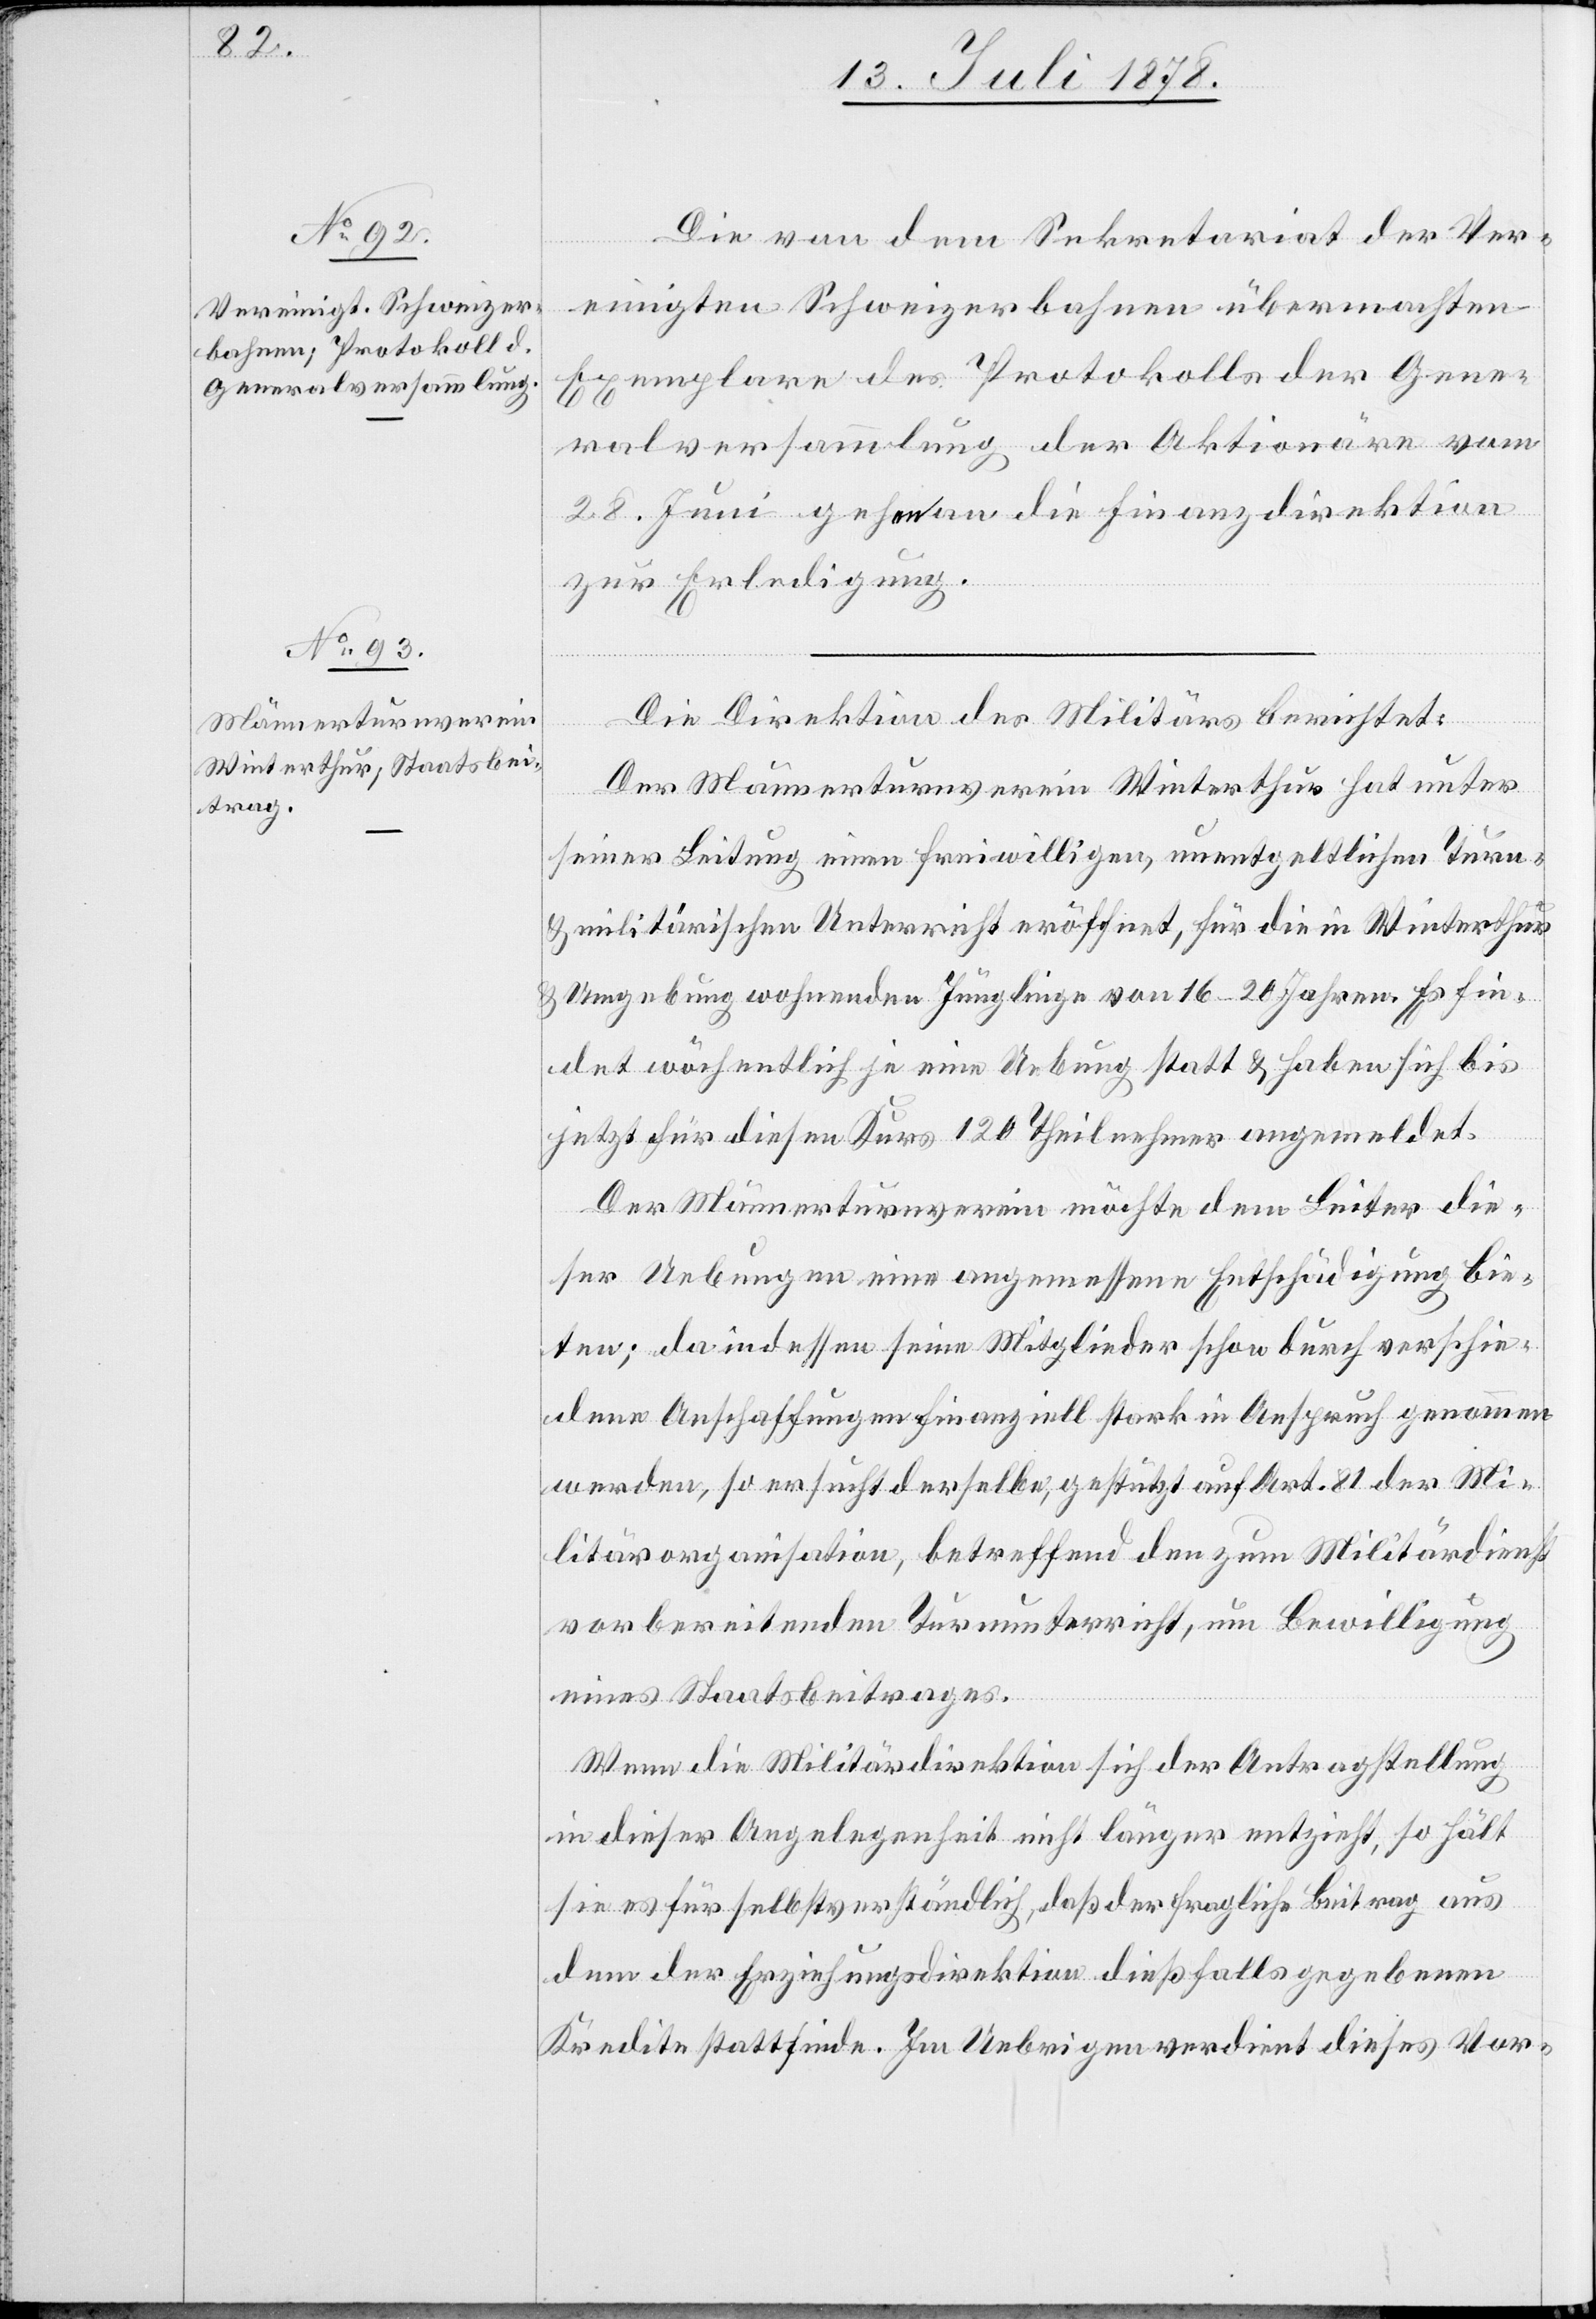
Die von dem Sekretariat der Ver¬
einigten Schweizerbahnen übermachten
Exemplare des Protokolls der Gene¬
ralversammlung der Aktionäre vom
28. Juni gehen an die Finanzdirektion
zur Erledigung.
Die Direktion des Militärs berichtet:
Der Männerturnverein Winterthur hat unter
seiner Leitung einen freiwilligen, unentgeltlichen Turn-
& militärischen Unterricht eröffnet, für die in Winterthur
& Umgebung wohnenden Jünglinge von 16–20 Jahren. Es fin¬
det wöchentlich je eine Uebung statt & haben sich bis
jetzt für diesen Kurs 120 Theilnehmer angemeldet.
Der Männerturnverein möchte dem Leiter die¬
ser Uebungen eine angemessene Entschädigung bie¬
ten; da indessen seine Mitglieder schon durch verschie¬
dene Anschaffungen finanziell stark in Anspruch genommen
werden, so ersucht derselbe, gestützt auf Art. 81 der Mi¬
litärorganisation, betreffend den zum Militärdienst
vorbereitenden Turnunterricht, um Bewilligung
eines Staatsbeitrages.
Wenn die Militärdirektion sich der Antragstellung
in dieser Angelegenheit nicht länger entzieht, so hält
sie es für selbstverständlich, daß der fragliche Beitrag aus
dem der Erziehungsdirektion dießfalls gegebenen
Kredite stattfinde. Im Uebrigen verdient dieses Vor-